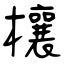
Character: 欀